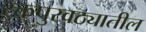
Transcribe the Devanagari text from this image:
रक्तपुरवठ्यातील